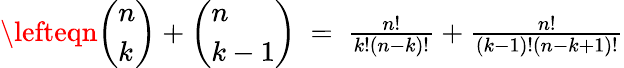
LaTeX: \begin{array}{rlr}{\lefteqn{\left(\begin{array}{l}{n}\\ {k}\end{array}\right)+\left(\begin{array}{l}{n}\\ {k-1}\end{array}\right)\ =\ \frac{n!}{k!(n-k)!}+\frac{n!}{(k-1)!(n-k+1)!}}}\end{array}